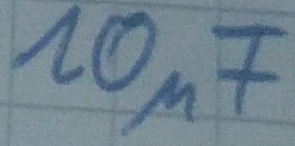
Text: 10µF